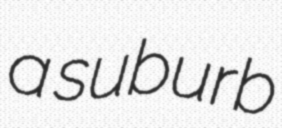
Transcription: a suburb